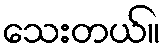
သေးတယ်။